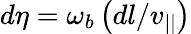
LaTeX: d\eta=\omega_{b}\left(dl/v_{||}\right)